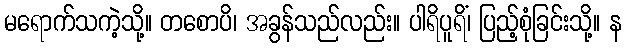
မရောက်သကဲ့သို့။ တစောပိ၊ အခွန်သည်လည်း။ ပါရိပူရိံ၊ ပြည့်စုံခြင်းသို့။ န